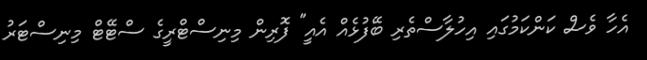
އެހާ ވެސް ކަންކަމުގައި އިހުލާސްތެރި ބޭފުޅެއް އެއީ" ފޮރިން މިނިސްޓްރީގެ ސްޓޭޓް މިނިސްޓަރު